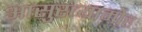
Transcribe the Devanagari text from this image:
आसुरव्यामोह